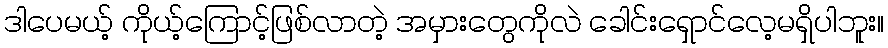
ဒါပေမယ့် ကိုယ့်ကြောင့်ဖြစ်လာတဲ့ အမှားတွေကိုလဲ ခေါင်းရှောင်လေ့မရှိပါဘူး။